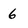
Character: 6